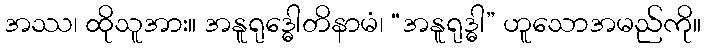
အဿ၊ ထိုသူအား။ အနူရုဒ္ဓေါတိနာမံ၊ “အနူရုဒ္ဓါ” ဟူသောအမည်ကို။